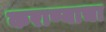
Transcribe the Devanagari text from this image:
कराण्याचा